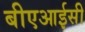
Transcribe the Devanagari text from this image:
बीएआईसी